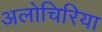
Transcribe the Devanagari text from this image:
अलोचिरिया